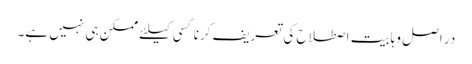
در اصل وہابیت اصطلاح کی تعریف کرنا کسی کیلئے ممکن ہی نہیں ہے۔